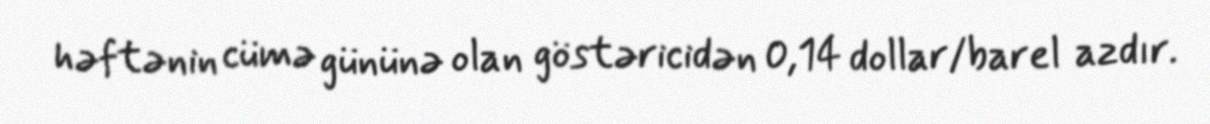
həftənin cümə gününə olan göstəricidən 0,14 dollar/barel azdır.